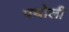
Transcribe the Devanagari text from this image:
पथोली